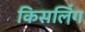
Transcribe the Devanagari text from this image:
किसलिंग